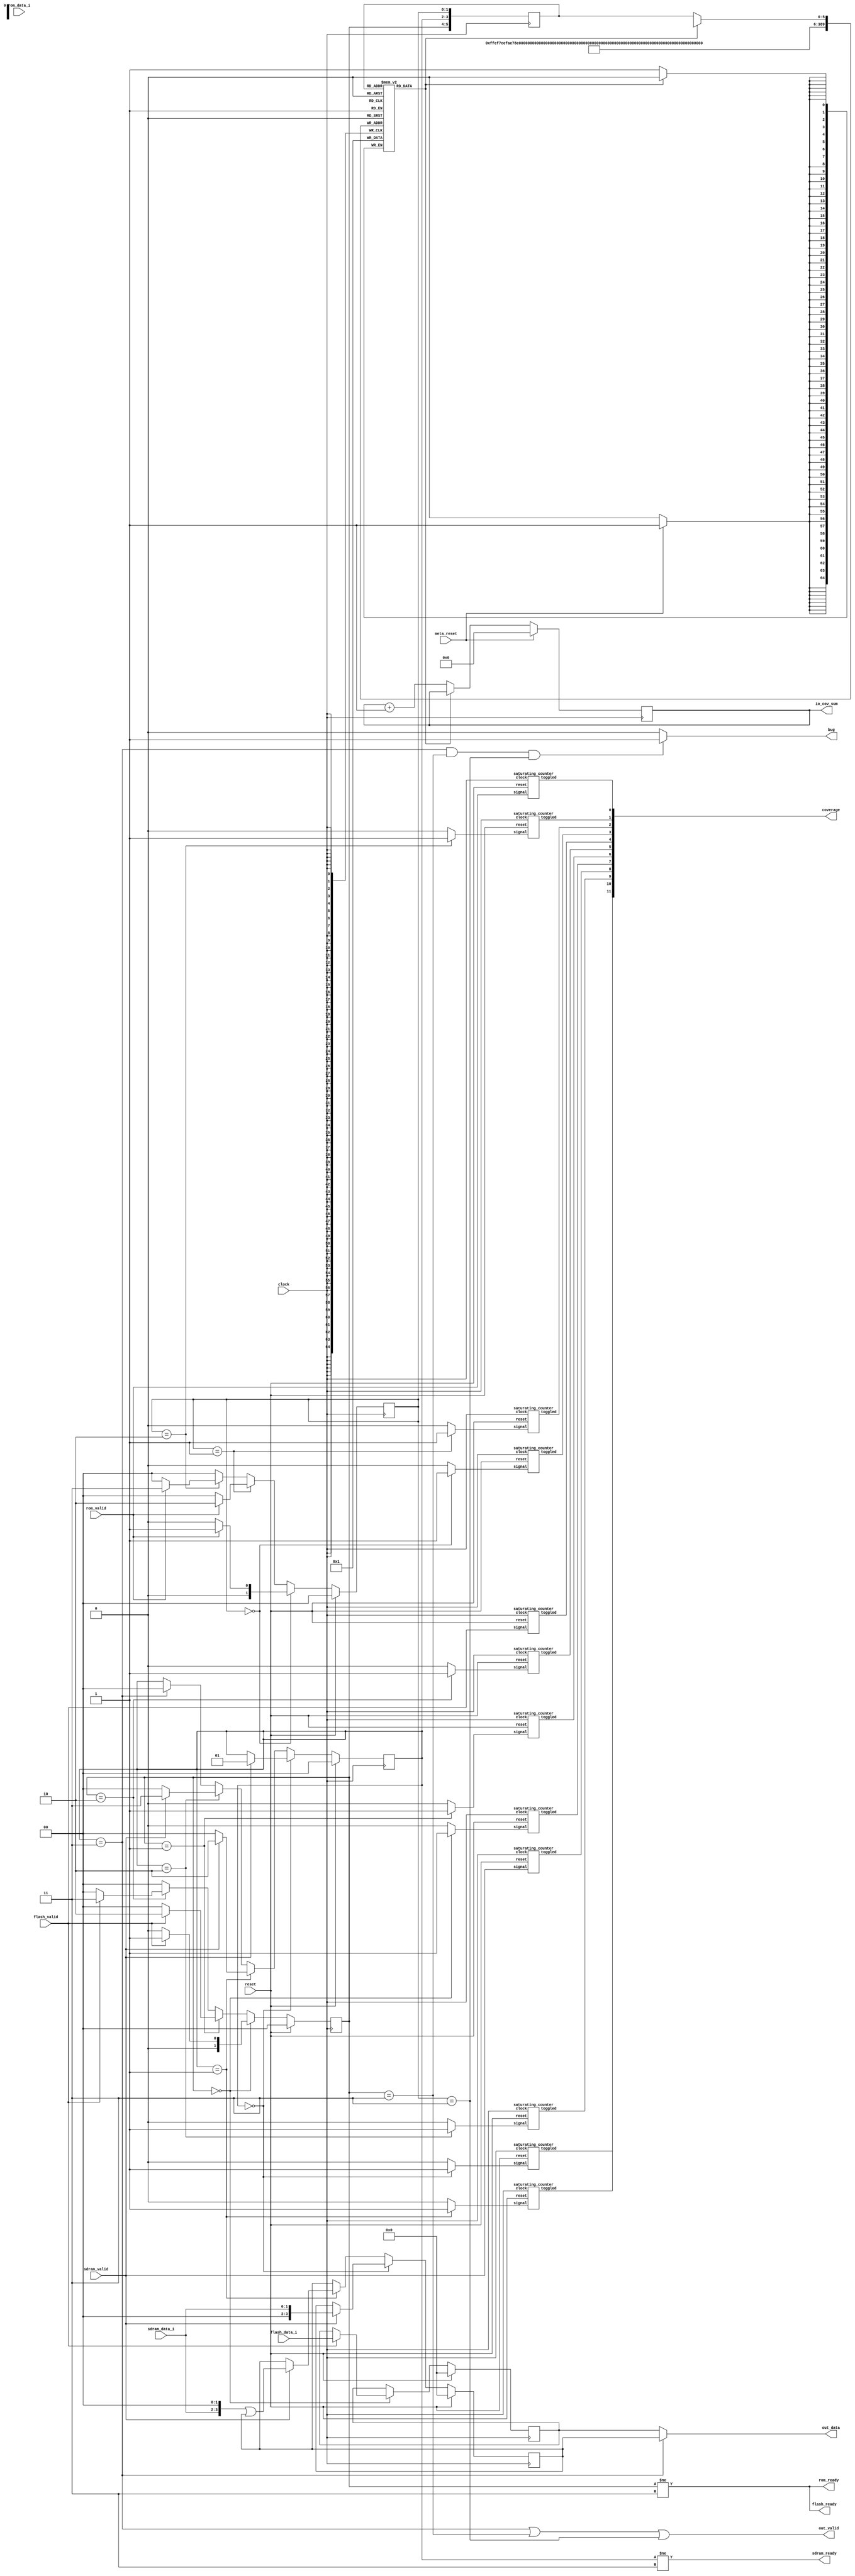
// This program was cloned from: https://github.com/compsec-snu/difuzz-rtl
// License: BSD 3-Clause "New" or "Revised" License

`define READY_S 2'h0
`define PENDING_S1 2'h1
`define PENDING_S2 2'h2
`define BUSY_S 2'h3

`define READY_F 2'h0
`define PENDING_F1 2'h1
`define PENDING_F2 2'h2
`define BUSY_F 2'h3

`define READY_R 2'h0
`define PENDING_R1 2'h1
`define PENDING_R2 2'h2
`define BUSY_R 2'h3


module mem_ctrl(
  input clock,
  input reset,
  input meta_reset,

  input        sdram_valid, 
  input [1:0]  sdram_data_i,
  input        flash_valid,
  input [3:0]  flash_data_i,
  input        rom_valid,
  input        rom_data_i,

  output       sdram_ready,
  output       flash_ready,
  output       rom_ready,

  output       out_valid,
  output [3:0] out_data,

  output [11:0] coverage,
  output [5:0] io_cov_sum,
  output bug
);

  reg[1:0] state_sdram; // READY, RECEIVING, BUSY
  reg[1:0] state_flash; // READY, BUSY
  reg[1:0] state_rom;

  reg[3:0] data_sdram;
  reg[3:0] data_flash;
  reg[3:0] data_rom;

  reg covmap[0:63];
  reg[5:0] reg_state;
  reg[5:0] covsum;

  assign io_cov_sum = covsum;

  integer i;
  initial begin
    for (i=0; i<64; i=i+1)
      covmap[i] = 0;
    covsum = 0;
  end

  always @(posedge clock) begin
    reg_state <= {state_flash, state_sdram, state_rom};

    if (!covmap[reg_state]) begin
      covsum <= covsum + 1'h1;
      covmap[reg_state] <= 1'h1;
    end

    if (meta_reset) begin
      covsum <= 6'h0;
      for (i=0; i<64; i=i+1)
        covmap[i] = 1'h0;
    end
  end

  assign bug = ((state_sdram == `BUSY_S) && (state_flash == `BUSY_F) && (state_rom == `BUSY_R))? 1 : 0;
    
/********** combinational **********/

  assign sdram_ready = (state_sdram != `BUSY_S);
  assign flash_ready = (state_flash != `BUSY_F);
  assign rom_ready = (state_flash != `BUSY_F);

  assign out_valid = (state_sdram == `BUSY_S) ||
                      (state_flash == `BUSY_F) ||
                      (state_rom == `BUSY_R);
  assign out_data = (state_sdram == `BUSY_S) ?
                      data_sdram : data_flash;

/********** sequential **********/

  always @(posedge clock) begin
    if (reset) begin
      state_sdram <= `READY_S;
      state_flash <= `READY_F;
      state_rom <= `READY_R;
      data_sdram <= 4'h0;
      data_flash <= 4'h0;
      data_rom <= 4'h0;
    end else begin
      if (state_sdram == `READY_S) begin
        if (sdram_valid) begin
          state_sdram <= `PENDING_S1;
          data_sdram <= {2'b00, sdram_data_i};
        end
      end else if (state_sdram == `PENDING_S1) begin
        if (sdram_valid) begin
          state_sdram <= `PENDING_S2;
          data_sdram <= {sdram_data_i, 2'b00} | data_sdram;
        end else begin
          state_sdram <= `READY_S;
        end 
      end else if (state_sdram == `PENDING_S2) begin
        if (sdram_valid) begin
          state_sdram <= `BUSY_S;
        end else begin
          state_sdram <= `READY_S;
        end
      end else if (state_sdram == `BUSY_S) begin
        state_sdram <= `READY_S;
      end

      if (state_flash == `READY_F) begin
        if (flash_valid) begin
          state_flash <= `PENDING_F1;
          data_flash <= flash_data_i;
        end else begin
          state_flash <= `READY_F;
        end
      end else if (state_flash == `PENDING_F1) begin
        if (flash_valid) begin
          state_flash <= `PENDING_F2;
        end else begin
          state_flash <= `READY_F;
        end
      end else if (state_flash == `PENDING_F2) begin
        if (flash_valid) begin
          state_flash <= `BUSY_F;
        end else begin
          state_flash <= `READY_F;
        end
      end else begin
        state_flash <= `READY_F;
      end

      if (state_rom == `READY_R) begin
        if (rom_valid) begin
          state_rom <= `PENDING_R1;
          data_rom <= {3'b000, rom_data_i};
        end else begin
          state_rom <= `READY_R;
        end
      end else if (state_rom == `PENDING_R1) begin
        if (rom_valid) begin
          state_rom <= `PENDING_R2;
          data_rom <= {2'b00, rom_data_i, 1'b0} | data_rom;
        end else begin
          state_rom <= `READY_R;
        end
      end else if (state_rom == `PENDING_R2) begin
        if (rom_valid) begin
          state_rom <= `BUSY_R;
          data_rom <= {1'b0, rom_data_i, 2'b00} | data_rom;
        end else begin
          state_rom <= `READY_R;
        end
      end else begin
        state_rom <= `READY_R;
      end
    end
  end

wire mux1;
wire mux2;
wire mux3;
wire mux4;
wire mux5;
wire mux6;
wire mux7;
wire mux8;
wire mux9;
wire mux10;
wire mux11;
wire mux12;
wire mux13;
wire mux14;
wire mux15;

wire tog1;
wire tog2;
wire tog3;
wire tog4;
wire tog5;
wire tog6;
wire tog7;
wire tog8;
wire tog9;
wire tog10;
wire tog11;
wire tog12;
wire tog13;
wire tog14;
wire tog15;

wire [11:0] mux_cov;
assign mux_cov = {tog1, tog2, tog3, tog4, tog5, tog6, tog7, tog8, tog9, tog10, tog11, tog12};
assign coverage = mux_cov;

assign mux1 = (state_sdram == `READY_S)? 1 : 0;
assign mux2 = (state_sdram == `PENDING_S1)? 1 : 0;
assign mux3 = (state_sdram == `PENDING_S2)? 1 : 0;
assign mux4 = sdram_valid;

assign mux5 = (state_flash == `READY_F)? 1 : 0;
assign mux6 = (state_flash == `PENDING_F1)? 1 : 0;
assign mux7 = (state_flash == `PENDING_F2)? 1 : 0;
assign mux8 = flash_valid;

assign mux9 = (state_rom == `READY_R)? 1 : 0;
assign mux10 = (state_rom == `PENDING_R1)? 1 : 0;
assign mux11 = (state_rom == `PENDING_R2)? 1 : 0;
assign mux12 = rom_valid;

saturating_counter c1(
  .clock(clock),
  .reset(reset),
  .signal(mux1),
  .toggled(tog1)
);
saturating_counter c2(
  .clock(clock),
  .reset(reset),
  .signal(mux2),
  .toggled(tog2)
);
saturating_counter c3(
  .clock(clock),
  .reset(reset),
  .signal(mux3),
  .toggled(tog3)
);
saturating_counter c4(
  .clock(clock),
  .reset(reset),
  .signal(mux4),
  .toggled(tog4)
);
saturating_counter c5(
  .clock(clock),
  .reset(reset),
  .signal(mux5),
  .toggled(tog5)
);
saturating_counter c6(
  .clock(clock),
  .reset(reset),
  .signal(mux6),
  .toggled(tog6)
);
saturating_counter c7(
  .clock(clock),
  .reset(reset),
  .signal(mux7),
  .toggled(tog7)
);
saturating_counter c8(
  .clock(clock),
  .reset(reset),
  .signal(mux8),
  .toggled(tog8)
);
saturating_counter c9(
  .clock(clock),
  .reset(reset),
  .signal(mux9),
  .toggled(tog9)
);
saturating_counter c10(
  .clock(clock),
  .reset(reset),
  .signal(mux10),
  .toggled(tog10)
);
saturating_counter c11(
  .clock(clock),
  .reset(reset),
  .signal(mux11),
  .toggled(tog11)
);
saturating_counter c12(
  .clock(clock),
  .reset(reset),
  .signal(mux12),
  .toggled(tog12)
);
endmodule

module saturating_counter(
  input clock,
  input reset,

  input signal,
  output toggled
);

reg count;
reg last;

assign toggled = count;

always @(posedge clock) begin
  if (reset) begin
    count <= 0;
  end else if (last ^ signal) begin
    count <= 1;
  end

  last <= signal;
end
endmodule